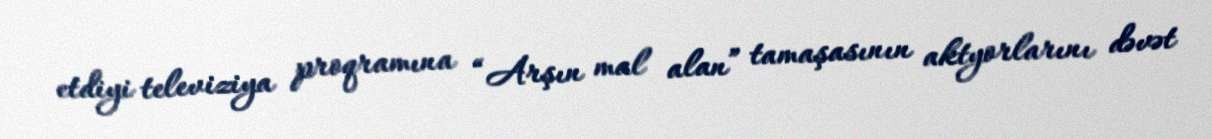
etdiyi televiziya proqramına “Arşın mal alan” tamaşasının aktyorlarını dəvət